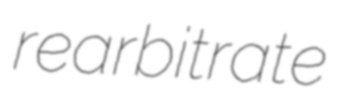
rearbitrate